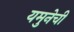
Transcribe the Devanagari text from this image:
यमुनेची